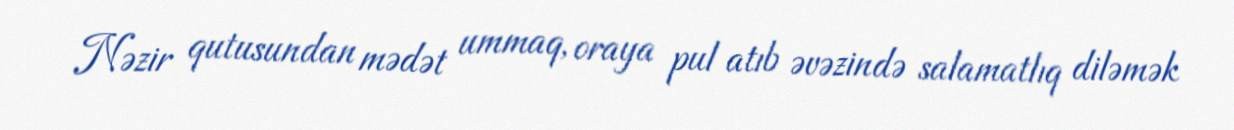
Nəzir qutusundan mədət ummaq, oraya pul atıb əvəzində salamatlıq diləmək